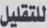
للتقليل